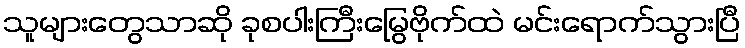
သူများတွေသာဆို ခုစပါးကြီးမြွေဗိုက်ထဲ မင်းရောက်သွားပြီ